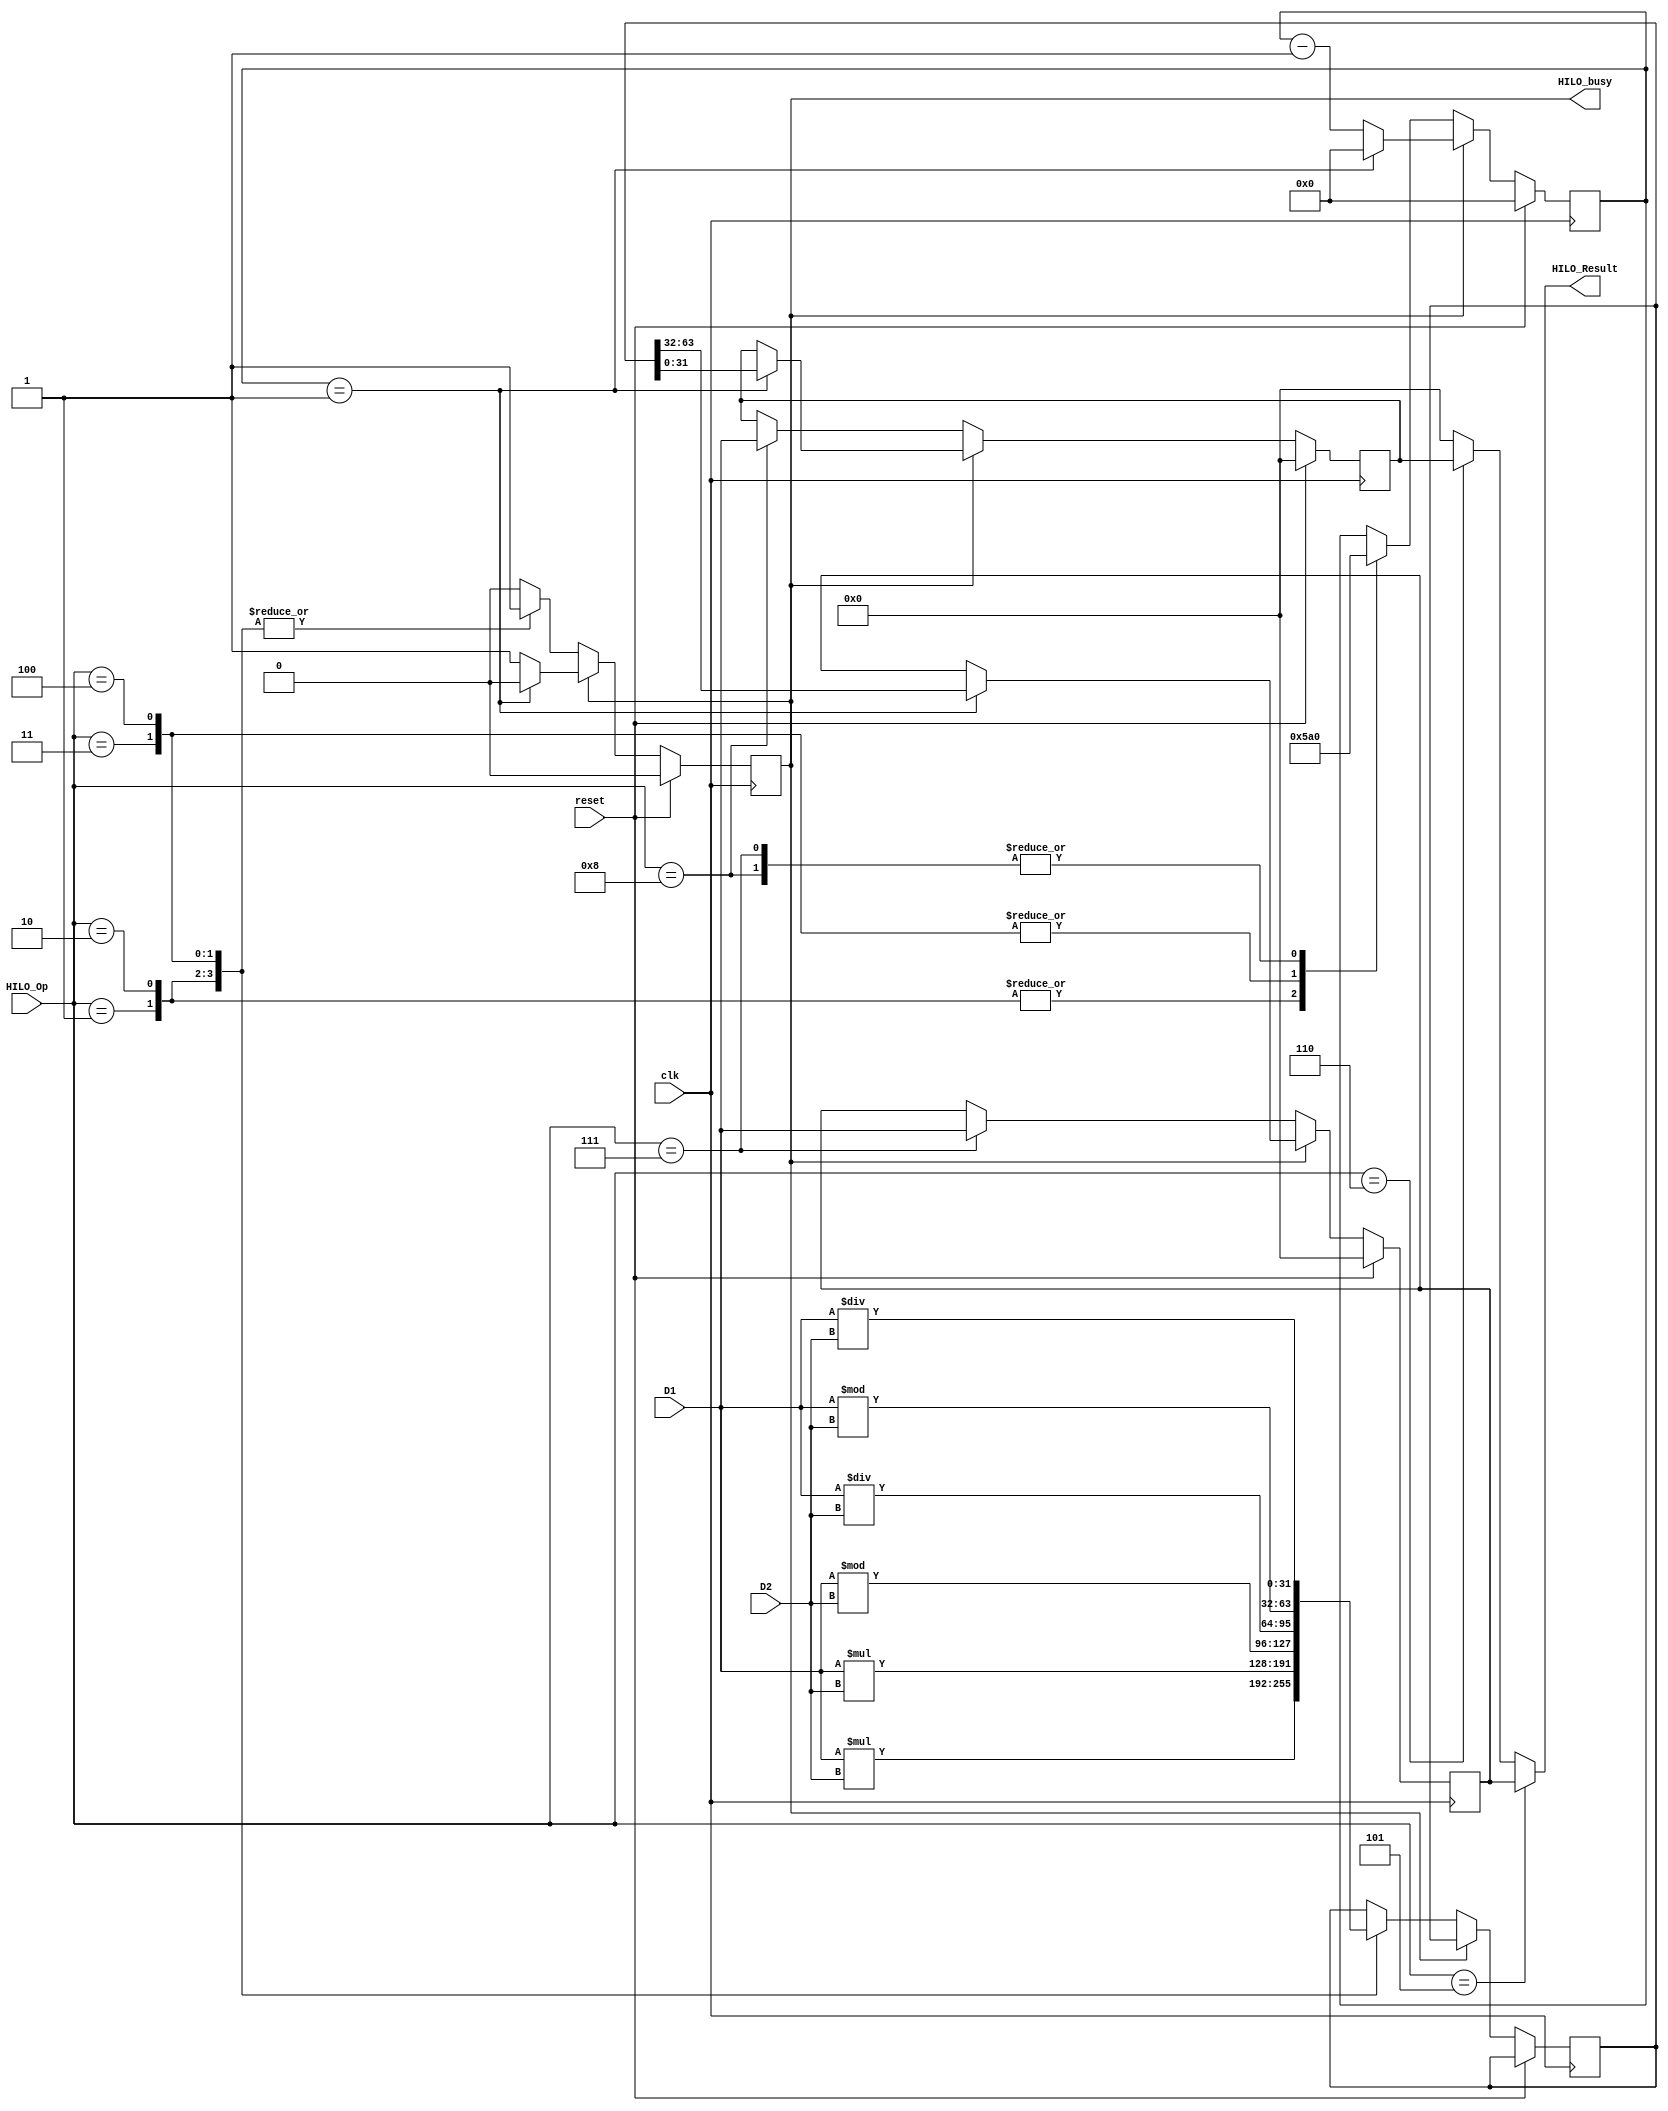
//----md----//
`define HILO_mult 4'd1
`define HILO_multu 4'd2
`define HILO_div 4'd3
`define HILO_divu 4'd4
//----mf----//
`define HILO_mfhi 4'd5
`define HILO_mflo 4'd6
//----mt----//
`define HILO_mthi 4'd7
`define HILO_mtlo 4'd8

module E_HILO(
    input clk,
    input reset,
    input [31:0] D1,
    input [31:0] D2,
    input [3:0] HILO_Op,    //

    output [31:0] HILO_Result,
    output HILO_busy    //StallUnit
);
    reg [31:0] HI,LO;   //
    reg busy;
    reg [3:0] cycle;
	 
    assign HILO_busy=busy;
	 assign HILO_Result=(HILO_Op==`HILO_mfhi)?HI:
							  (HILO_Op==`HILO_mflo)?LO:32'h0;
	 
    reg [63:0] temp; 

    initial begin
        HI<=32'h0;
        LO<=32'h0;
        busy<=1'h0;
        cycle<=4'h0;
		  temp<=64'h0;
    end

  always @(posedge clk) begin
    if(reset) begin
        HI<=32'h0;
        LO<=32'h0;
        busy<=1'h0;
        cycle<=4'h0;
    end

    else begin
        if(busy==1'd0)begin    //not in the calculation
            case(HILO_Op)
                `HILO_mult:begin
                    cycle<=4'd5;
                    busy<=1'd1;
                    temp<=$signed(D1)*$signed(D2);
                end

                `HILO_multu:begin
                    cycle<=4'd5;
                    busy<=1'd1;
                    temp<=D1*D2;
                end

                `HILO_div:begin
                    cycle<=4'd10;
                    busy<=1'd1;
                    temp<={$signed(D1)%$signed(D2),$signed(D1)/$signed(D2)};
                end

                `HILO_divu:begin
                    cycle<=4'd10;
                    busy<=1'd1;
                    temp<={D1%D2,D1/D2};
                end

                `HILO_mthi:begin
                    cycle<=4'd0;
                    busy<=1'd0;
                    HI<=D1;
                end

                `HILO_mtlo:begin
                    cycle<=4'd0;
                    busy<=1'd0;
                    LO<=D1;
                end
            endcase
        end

        else if(busy==1'd1)begin //calculating
            if(cycle==4'd1)begin
                busy<=1'd0;
					 cycle<=4'd0;
                {HI,LO}<=temp;
            end
            else begin
                cycle<=cycle-1;
            end
        end
    end
  end

endmodule